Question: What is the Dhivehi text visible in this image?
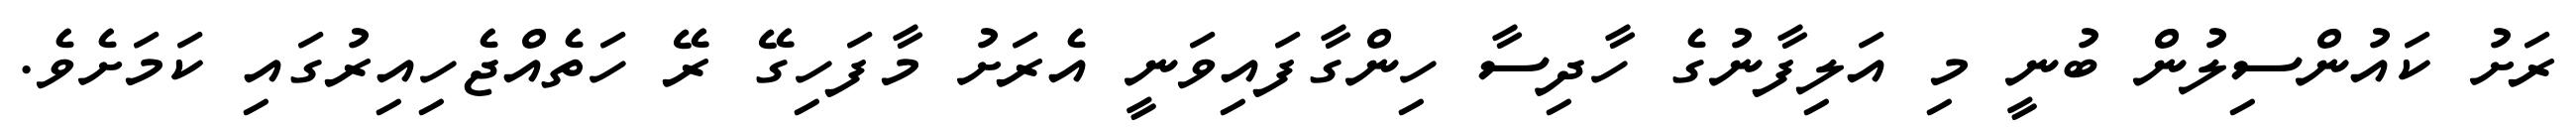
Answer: ރަށު ކައުންސިލުން ބުނީ މި އަލިފާނުގެ ހާދިސާ ހިންގާފައިވަނީ އެރަށު މާފަހިގޭ ރޭ ހަތެއްޖެހިއިރުގައި ކަމަށެވެ.